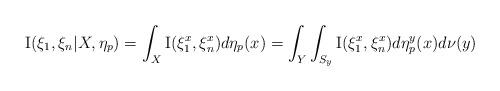
LaTeX: \begin{align*}\mathrm{I}(\xi_{1},\xi_{n}|X,\eta_{p})=\int_{X}\mathrm{I}(\xi_{1}^{x},\xi_{n}^{x})d\eta_{p}(x)=\int_{Y}\int_{S_{y}}\mathrm{I}(\xi_{1}^{x},\xi_{n}^{x})d\eta_{p}^{y}(x)d\nu(y)\end{align*}